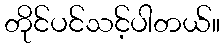
တိုင်ပင်သင့်ပါတယ်။